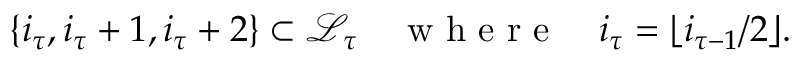
\{ i _ { \tau } , i _ { \tau } + 1 , i _ { \tau } + 2 \} \subset \mathcal { L } _ { \tau } \quad \mathrm { ~ w ~ h ~ e ~ r ~ e ~ } \quad i _ { \tau } = \lfloor i _ { \tau - 1 } / 2 \rfloor .